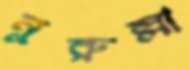
নুরুল্লা